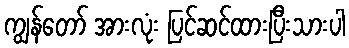
ကျွန်တော် အားလုံး ပြင်ဆင်ထားပြီးသားပါ